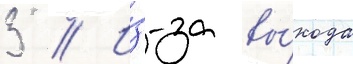
3 // И́з-за вы́хода